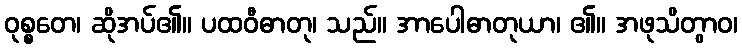
ဝုစ္စတေ၊ ဆိုအပ်၏။ ပထဝီဓာတု၊ သည်။ အာပေါဓာတုယာ၊ ၏။ အဖုသိတွာဝ၊